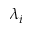
\lambda _ { i }